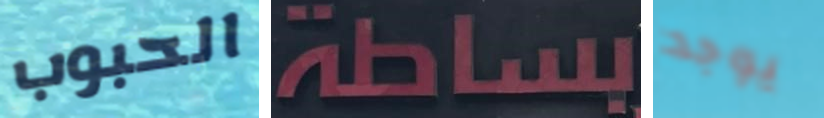
الحبوب بساطة يوجد